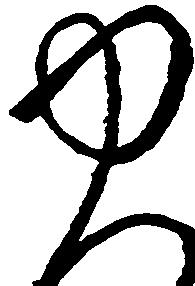
ゆ